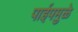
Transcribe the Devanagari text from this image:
पाईपमुळे